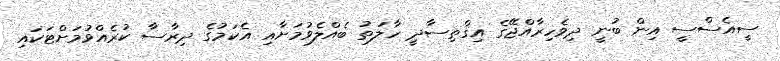
ސީއެސްސީ އިން ބުނީ ދިވެހިރާއްޖޭގެ އިޤްތިސާދީ ހާލަތު ބެއްލެވުމަށާއި އެކަމުގެ ދިރާސާ ކުރެއްވުމަށްޓަކައި